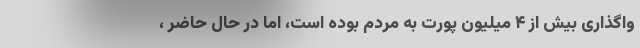
واگذاری بیش از ۴ میلیون پورت به مردم بوده است، اما در حال حاضر ،